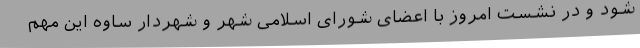
شود و در نشست امروز با اعضای شورای اسلامی شهر و شهردار ساوه این مهم